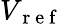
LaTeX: V_{\mathrm{~r~e~f~}}